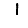
Digit: 1